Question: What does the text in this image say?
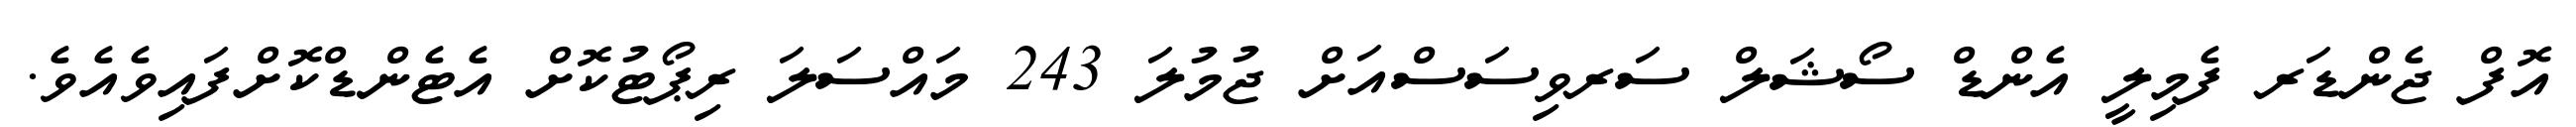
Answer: އޮފް ޖެންޑަރ ފެމިލީ އެންޑް ސޯޝަލް ސަރވިސަސްއަށް ޖުމުލަ 243 މައްސަލަ ރިޕޯޓުކޮށް އެޓެންޑްކޮށްފައިވެއެވެ.